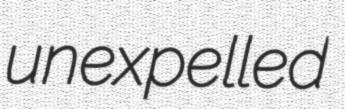
unexpelled